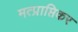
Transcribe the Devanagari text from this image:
मत्प्राप्तिकर